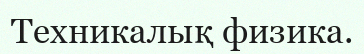
Техникалық физика.